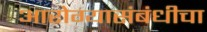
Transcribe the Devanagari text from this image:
आरोग्यासंबंधीचा